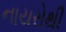
નાયરોથી